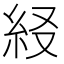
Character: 𥾤